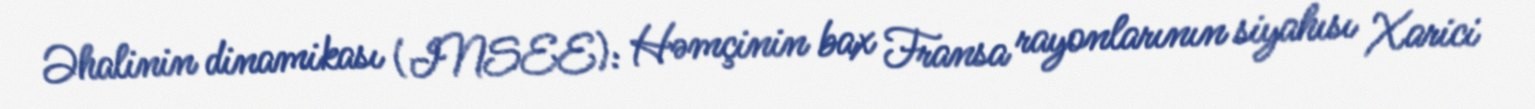
Əhalinin dinamikası (INSEE): Həmçinin bax Fransa rayonlarının siyahısı Xarici